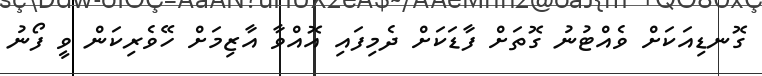
ގޮނޑިއަކަށް ވެއްޓުނު ގޮތަށް ފާޑަކަށް ދެމިފައި އޮއްވާ އާޒިމަށް ހޭވެރިކަން ވީ ފޯނު